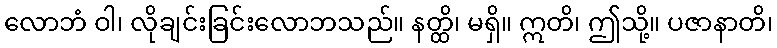
လောဘံ ဝါ၊ လိုချင်းခြင်းလောဘသည်။ နတ္ထိ၊ မရှိ။ ဣတိ၊ ဤသို့။ ပဇာနာတိ၊